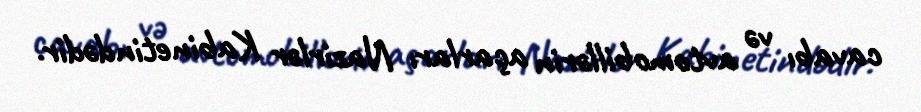
cavabı və avtomobillərin açarları Nazirlər Kabinetindədir.